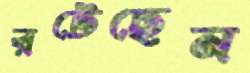
রটেছেন